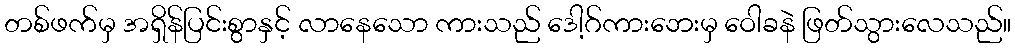
တစ်ဖက်မှ အရှိန်ပြင်းစွာနှင့် လာနေသော ကားသည် ဒေါ့ဂ်ကားဘေးမှ ဝေါခနဲ ဖြတ်သွားလေသည်။